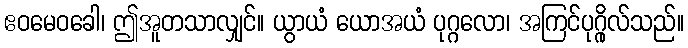
ဧဝမေဝခေါ၊ ဤအူတသာလျှင်။ ယွာယံ ယောအယံ ပုဂ္ဂလော၊ အကြင်ပုဂ္ဂိုလ်သည်။